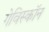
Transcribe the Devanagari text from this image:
गेविस्कॉन